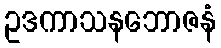
ဥဒကာသနဘောဇနံ